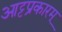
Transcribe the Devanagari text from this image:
आट्टप्रकारम्